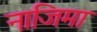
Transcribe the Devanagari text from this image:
नाजिमा